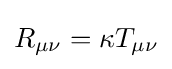
R_{\mu \nu }=\kappa T_{\mu \nu }